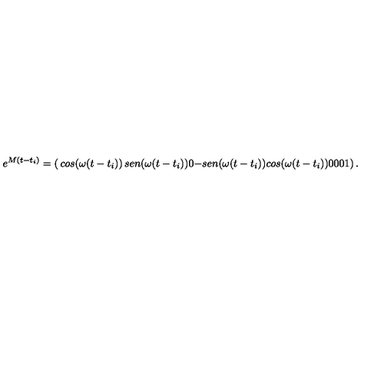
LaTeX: e ^ { M ( t - t _ { i } ) } = \left( \begin{matrix} { c o s ( \omega { } ( t - t _ { i } ) ) } & { s e n ( \omega { } ( t - t _ { i } ) ) } & { 0 } \\ { - s e n ( \omega { } ( t - t _ { i } ) ) } & { c o s ( \omega { } ( t - t _ { i } ) ) } & { 0 } \\ { 0 } & { 0 } & { 1 } \\ \end{matrix} \right) .